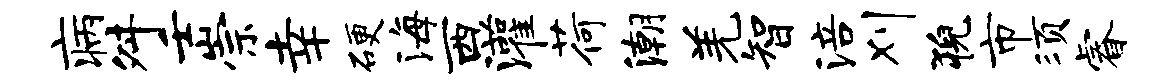
病舛壬崇幸硬海西灌荷潮羌智涪刈猊市须睿